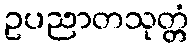
ဥပညာတသုတ္တံ